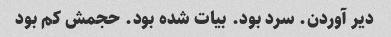
دیر آوردن. سرد بود. بیات شده بود. حجمش کم بود